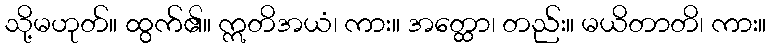
သို့မဟုတ်။ ထွက်၏။ ဣတိအယံ၊ ကား။ အတ္ထော၊ တည်း။ မယိတာတိ၊ ကား။